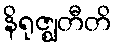
နိရုဇ္ဈတီတိ